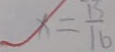
x = \frac { 1 5 } { 1 6 }